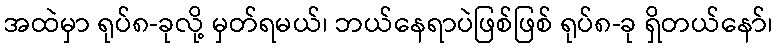
အထဲမှာ ရုပ်၈-ခုလို့ မှတ်ရမယ်၊ ဘယ်နေရာပဲဖြစ်ဖြစ် ရုပ်၈-ခု ရှိတယ်နော်၊